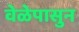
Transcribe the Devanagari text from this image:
वेळेपासुन